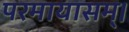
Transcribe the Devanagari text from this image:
परमायासम्‌।